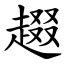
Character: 䞵